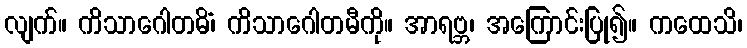
လျက်။ ကိသာဂေါတမိံ၊ ကိသာဂေါတမီကို။ အာရဗ္ဘ၊ အကြောင်းပြု၍။ ကထေသိ၊